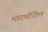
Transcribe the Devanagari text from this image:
मारमोंटेल